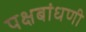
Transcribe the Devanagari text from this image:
पक्षबांधणी